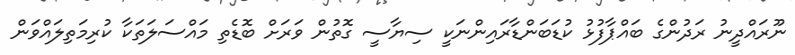
ނޫރައްދީނު ރަދުންގެ ބައްޕާފުޅު ކުޑަބަންޑާރައިންނަކީ ސިޔާސީ ގޮތުން ވަރަށް ބޮޑެތި މައްސަލަތަކާ ކުރިމަތިލައްވަން